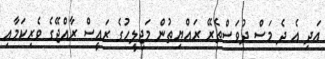
އަދި އެ ދެ މަސް ދުވަސްތެރޭ ރައްޔިތުން މަޖިލީހުގެ ރައީސް ރާއްޖޭގެ ވެރިކަމާއި